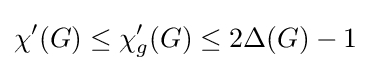
\chi '(G)\leq \chi '_{g}(G)\leq 2\Delta (G)-1